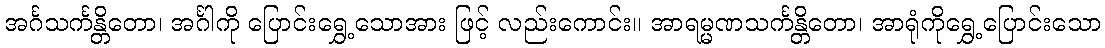
အင်္ဂသင်္ကန္တိတော၊ အင်္ဂါကို ပြောင်းရွှေ့သောအား ဖြင့် လည်းကောင်း။ အာရမ္မဏသင်္ကန္တိတော၊ အာရုံကိုရွှေ့ပြောင်းသော